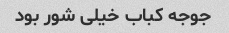
جوجه کباب خیلی شور بود